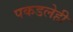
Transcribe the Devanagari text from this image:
पकडलेही